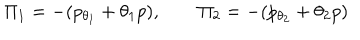
LaTeX: \Pi _ { 1 } = - ( p _ { \theta _ { 1 } } + \theta _ { 1 } p ) , \qquad \Pi _ { 2 } = - ( p _ { \theta _ { 2 } } + \theta _ { 2 } p )